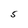
Character: 5